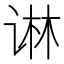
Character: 𰵱